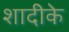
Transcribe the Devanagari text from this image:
शादीके